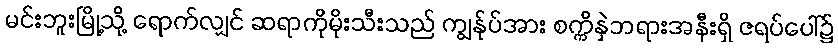
မင်းဘူးမြို့သို့ ရောက်လျှင် ဆရာကိုမိုးသီးသည် ကျွန်ုပ်အား စက္ကိနှဲဘရားအနီးရှိ ဇရပ်ပေါ်၌